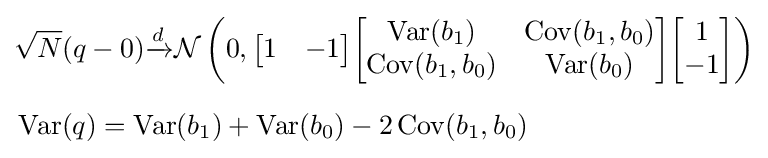
{\begin{aligned}&{\sqrt {N}}(q-0){\xrightarrow {d}}{\mathcal {N}}\left(0,{\begin{bmatrix}1&-1\end{bmatrix}}{\begin{bmatrix}\operatorname {Var} (b_{1})&\operatorname {Cov} (b_{1},b_{0})\\\operatorname {Cov} (b_{1},b_{0})&\operatorname {Var} (b_{0})\end{bmatrix}}{\begin{bmatrix}1\\-1\end{bmatrix}}\right)\\[6pt]&\operatorname {Var} (q)=\operatorname {Var} (b_{1})+\operatorname {Var} (b_{0})-2\operatorname {Cov} (b_{1},b_{0})\end{aligned}}